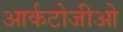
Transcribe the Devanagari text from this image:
आर्कटोजीओ